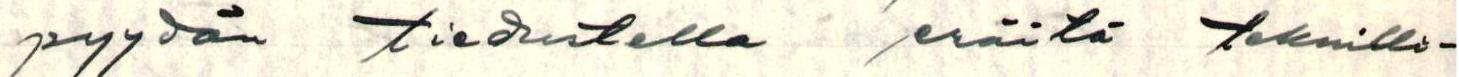
pyydän tiedustella eräitä teknilli-